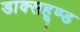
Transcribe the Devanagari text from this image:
डाक्सहूण्ड